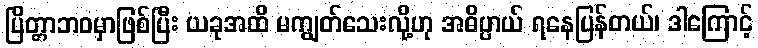
ပြိတ္တာဘဝမှာဖြစ်ပြီး ယခုအထိ မကျွတ်သေးလို့ဟု အဓိပ္ပာယ် ရနေပြန်တယ်၊ ဒါကြောင့်